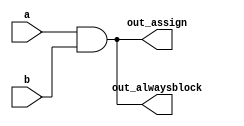
// This program was cloned from: https://github.com/BriceLucifer/DDCA-verilog
// License: MIT License

// synthesis verilog_input_version verilog_2001
module top_module(
    input a, 
    input b,
    output wire out_assign,
    output reg out_alwaysblock
);

assign out_assign = a & b ;
always @(*) begin
    out_alwaysblock = a&b;
end

endmodule